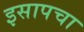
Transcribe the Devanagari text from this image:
इसापचा